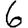
Digit: 6